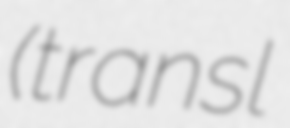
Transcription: (transl